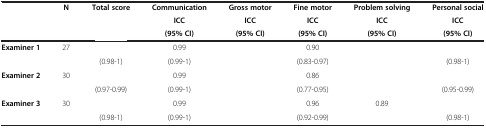
<table><thead><tr><td rowspan="3">[EMPTY_CELL]</td><td rowspan="3"><b>N</b></td><td><b>Total score</b></td><td><b>Communication</b></td><td><b>Gross motor</b></td><td><b>Fine motor</b></td><td><b>Problem solving</b></td><td><b>Personal social</b></td></tr><tr><td>[EMPTY_CELL]</td><td><b>ICC</b></td><td><b>ICC</b></td><td><b>ICC</b></td><td><b>ICC</b></td><td><b>ICC</b></td></tr><tr><td>[EMPTY_CELL]</td><td><b>(95% CI)</b></td><td><b>(95% CI)</b></td><td><b>(95% CI)</b></td><td><b>(95% CI)</b></td><td><b>(95% CI)</b></td></tr></thead><tbody><tr><td rowspan="2"><b>Examiner 1</b></td><td rowspan="2">27</td><td>[EMPTY_CELL]</td><td>0.99</td><td>[EMPTY_CELL]</td><td>0.90</td><td>[EMPTY_CELL]</td><td>[EMPTY_CELL]</td></tr><tr><td>(0.98-1)</td><td>(0.99-1)</td><td>[EMPTY_CELL]</td><td>(0.83-0.97)</td><td>[EMPTY_CELL]</td><td>(0.98-1)</td></tr><tr><td rowspan="2"><b>Examiner 2</b></td><td rowspan="2">30</td><td>[EMPTY_CELL]</td><td>0.99</td><td>[EMPTY_CELL]</td><td>0.86</td><td>[EMPTY_CELL]</td><td>[EMPTY_CELL]</td></tr><tr><td>(0.97-0.99)</td><td>(0.99-1)</td><td>[EMPTY_CELL]</td><td>(0.77-0.95)</td><td>[EMPTY_CELL]</td><td>(0.95-0.99)</td></tr><tr><td rowspan="2"><b>Examiner 3</b></td><td rowspan="2">30</td><td>[EMPTY_CELL]</td><td>0.99</td><td>[EMPTY_CELL]</td><td>0.96</td><td>0.89</td><td>[EMPTY_CELL]</td></tr><tr><td>(0.98-1)</td><td>(0.99-1)</td><td>[EMPTY_CELL]</td><td>(0.92-0.99)</td><td>[EMPTY_CELL]</td><td>(0.98-1)</td></tr></tbody></table>